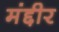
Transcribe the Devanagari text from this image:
मंद्दीर